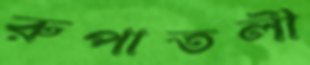
রুপাতলী